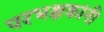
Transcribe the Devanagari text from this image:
परभक्षकांनी